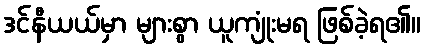
ဒင်နီယယ်မှာ များစွာ ယူကျုံးမရ ဖြစ်ခဲ့ရ၏။